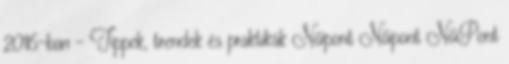
2016-ban – Tippek, trendek és praktikák Nőipont Nőipont NőiPont